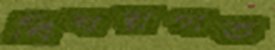
বিষয়গত